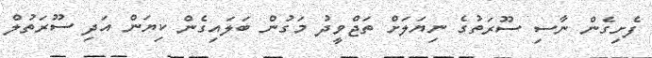
ފެށިގެން ނާސި ސޫރަތުގެ ނިޔަލަށް ތަޖްވީދު މަގުން ބަލައިގެން ކިޔަން އަދި ސޫރަތުލް